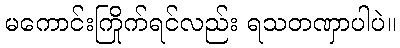
မကောင်းကြိုက်ရင်လည်း ရသတဏှာပါပဲ။